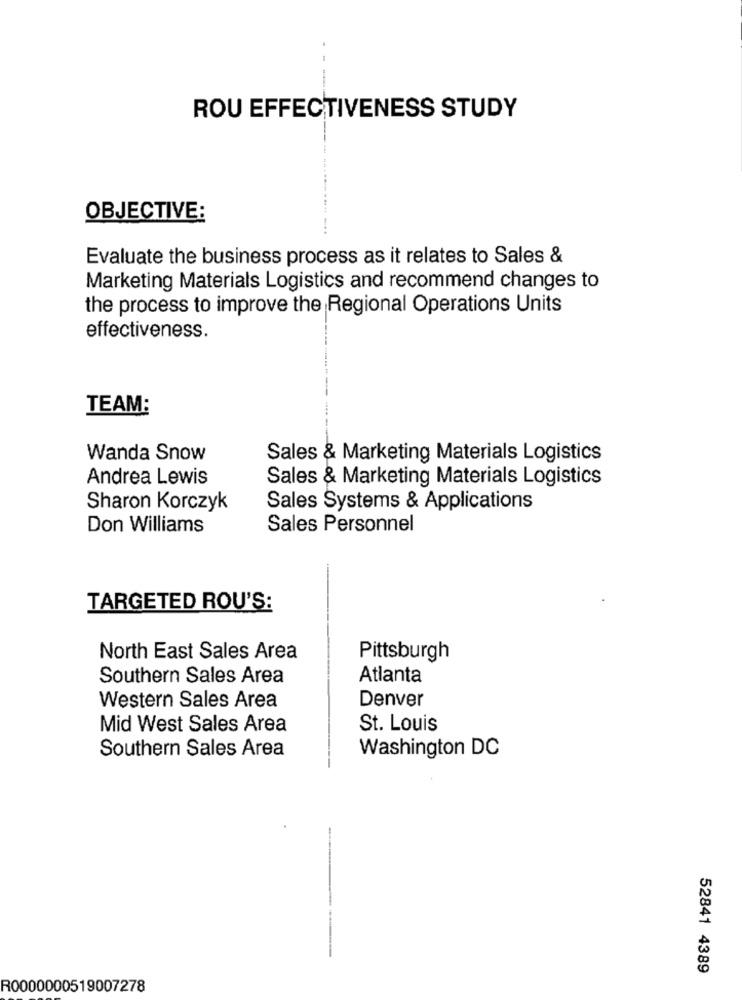
ROU EFFECTIVENESS STUDY
OBJECTIVE:
Evaluate the business process as it relates to Sales &
Marketing Materials Logistics and recommend changes to
the process to improve the Regional Operations Units
effectiveness.
TEAM:
Wanda Snow
Sales & Marketing Materials Logistics
Andrea Lewis
Sales & Marketing Materials Logistics
Sharon Korczyk
Sales Systems & Applications
Don Williams
Sales Personnel
TARGETED ROU'S:
North East Sales Area
Pittsburgh
Southern Sales Area
Atlanta
Denver
Western Sales Area
Mid West Sales Area
St. Louis
Southern Sales Area
Washington DC
52841 4389
R0000000519007278